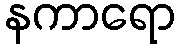
နကာရော